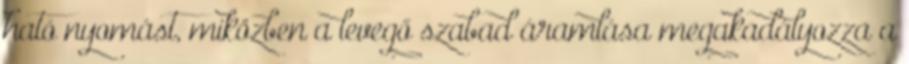
ható nyomást, miközben a levegő szabad áramlása megakadályozza a